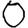
Digit: 0